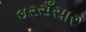
ઘરસઁસાર